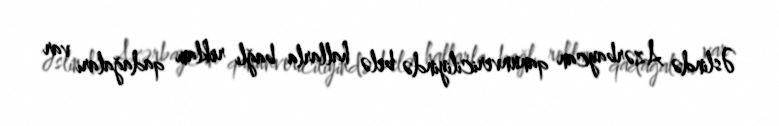
Əslində Azərbaycan qanunvericiliyində belə hallarla bağlı reklam qadağaları var